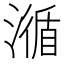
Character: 㵌